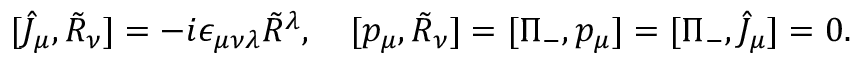
[ \widehat { J } _ { \mu } , \tilde { \cal R } _ { \nu } ] = - i \epsilon _ { \mu \nu \lambda } \tilde { \cal R } { } ^ { \lambda } , \quad [ p _ { \mu } , \tilde { \cal R } _ { \nu } ] = [ \Pi _ { - } , p _ { \mu } ] = [ \Pi _ { - } , \widehat { J } _ { \mu } ] = 0 .